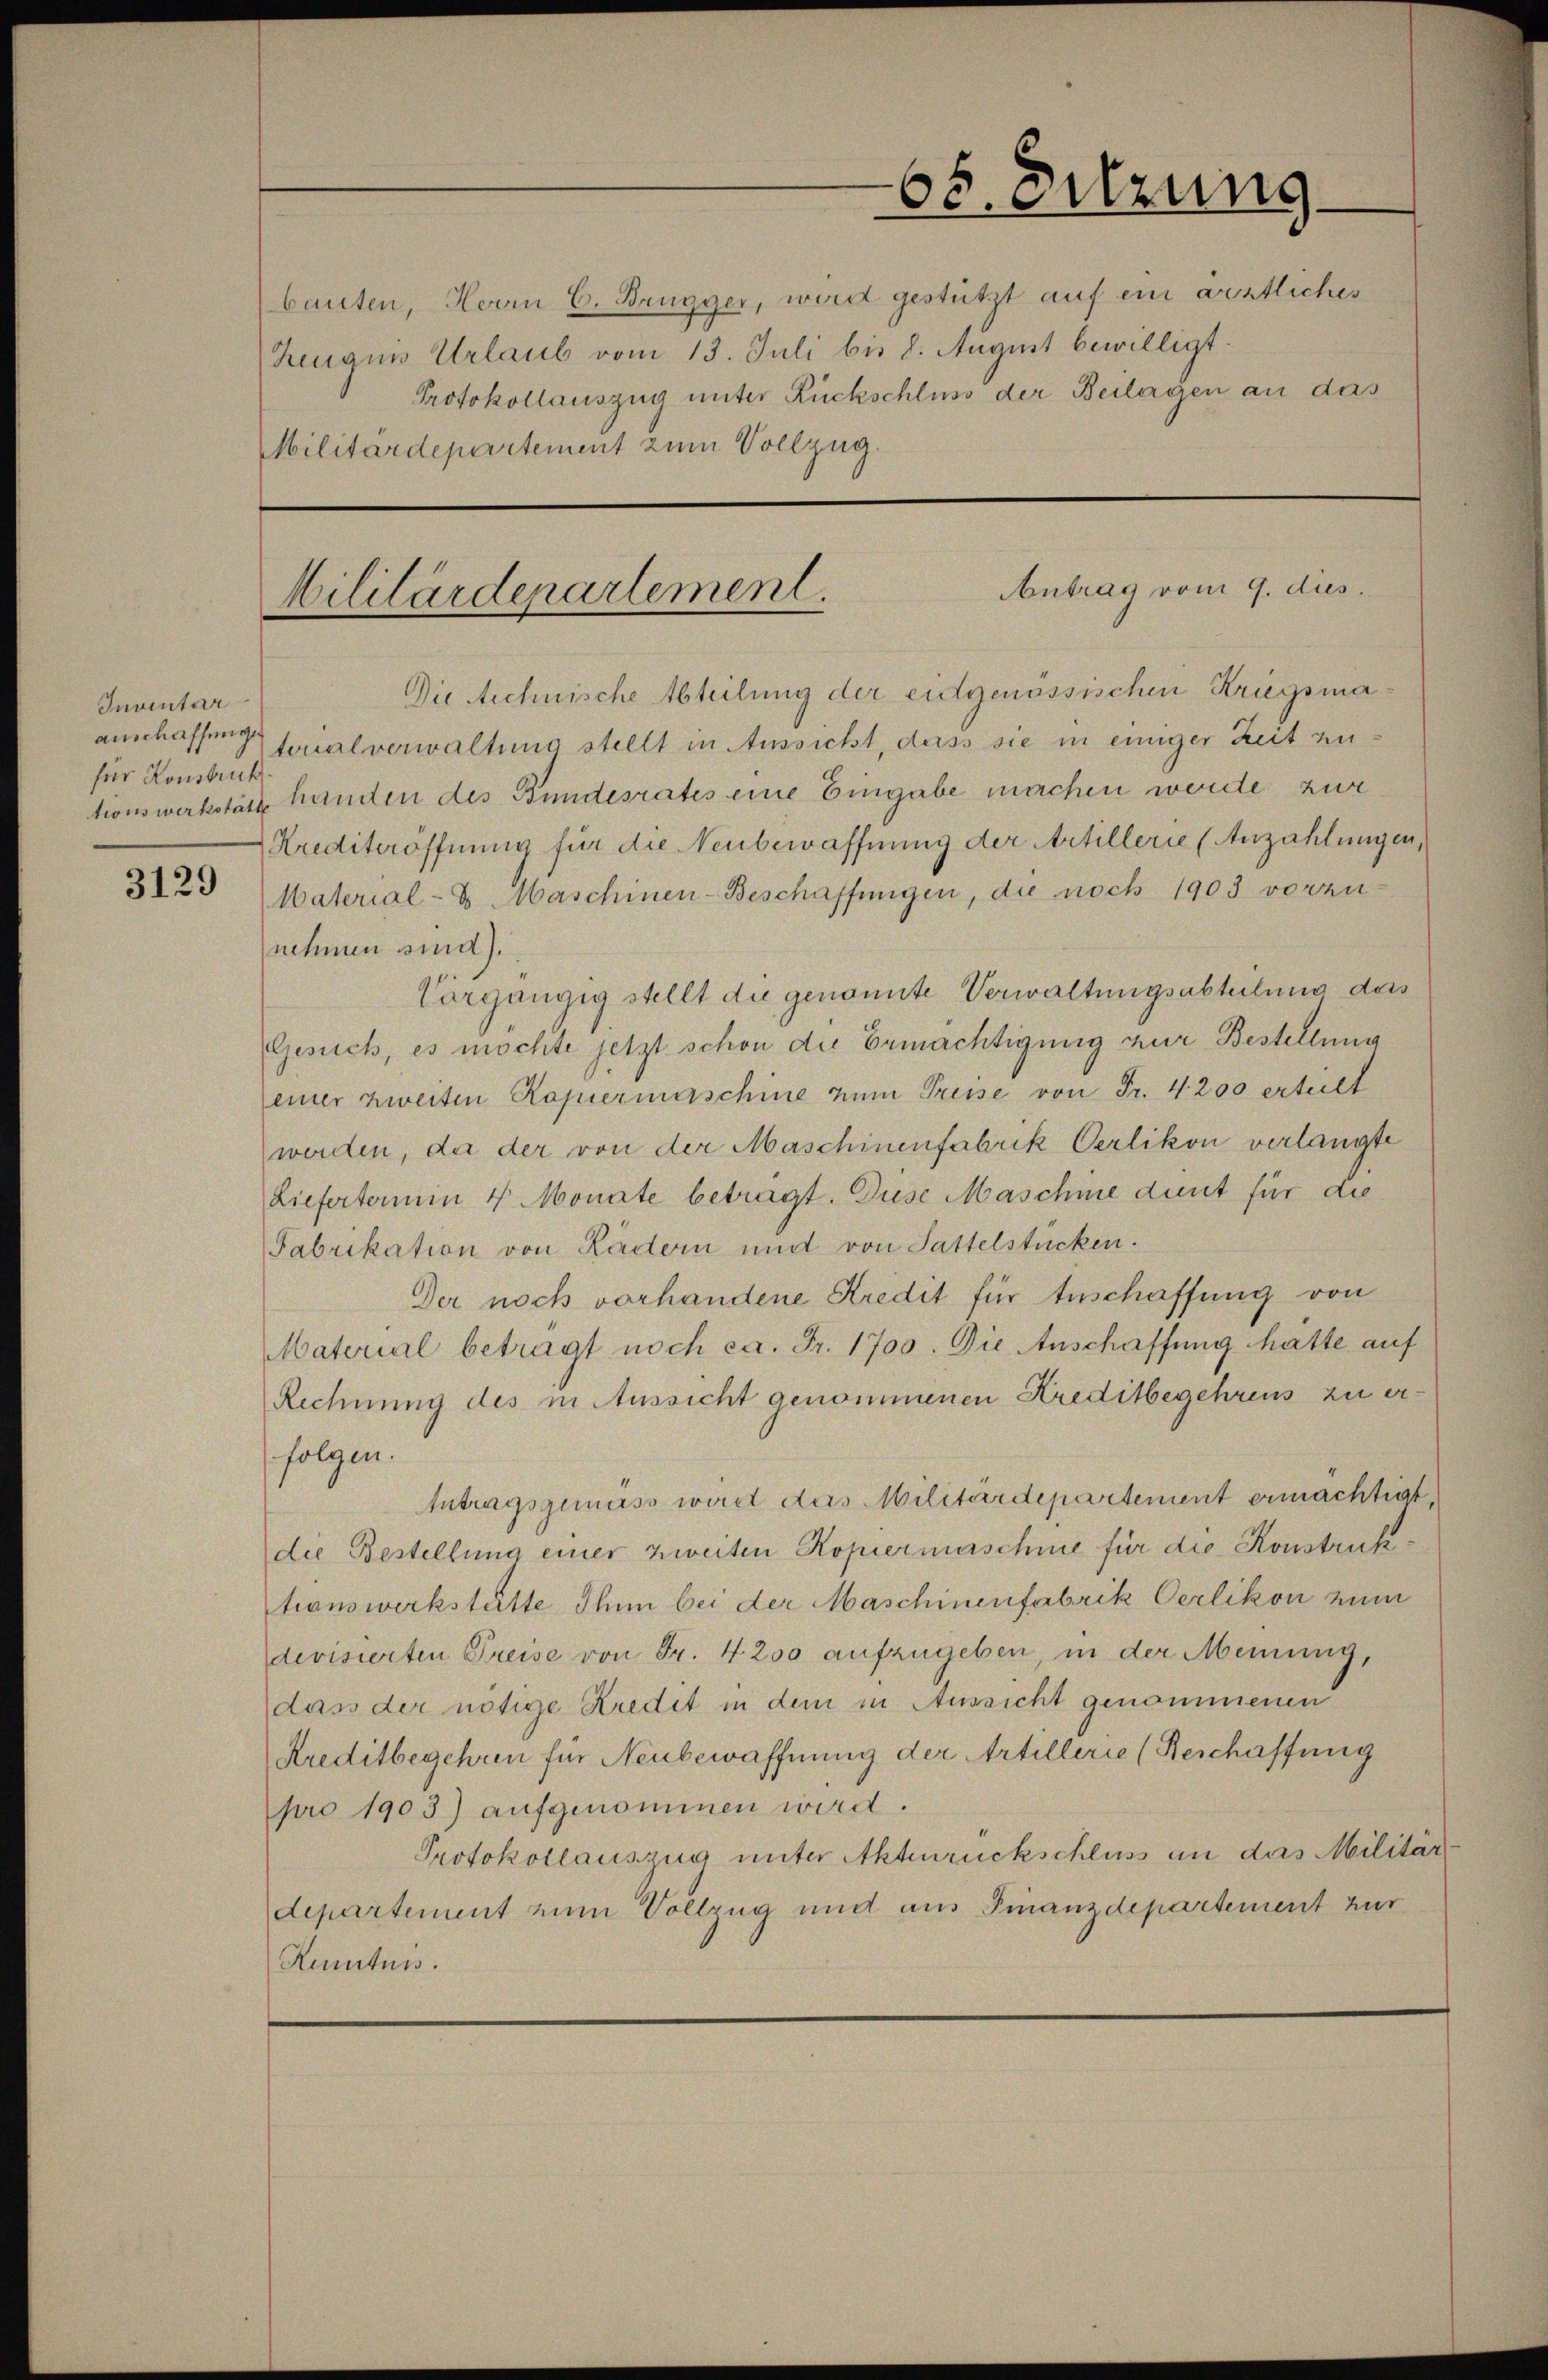
3129

Inventar
für Konstruk

bauten, Herrn C. Brugger, wird gestützt auf ein ärztliches
Zeugnis Urlaub vom 13. Juli bis 8. August bewilligt:
Protokollauszug unter Rückschluss der Beilagen an das
Militärdepartement zum Vollzug.

65. Sitzung

Antrag vom 9. dies
Militärdepartement.

Die Rechnische Abteilung der eidgenössischen Kriegsmaanschaffend ferialverwaltung stellt in Aussicht, dass sie in einiger Zeit zutionswerkstatt handen des Bundesrates eine Eingabe machen worde zur
Krediteröffnung für die Neubewaffnung der Artillerie (Anzahlungen,
Material- & Maschinen-Beschaffungen, die noch 1903 vorzu-
nehmen sind).
Vorgängig stellt die genomite Verwaltungsabteilung dess
Gesuch, es möchte jetzt schon die Ermächtigung zur Bestellung
einer zweiten Kopiermaschie zum Preise von Fr. 4. 200 erteilt
werden, da der von der Maschinenfabrik Oerlikon verlangte
Liefertermin 4 Monate betragt. Diese Maschine dunt für die
Fabrikation von Kadern und von Sattelstücken.
Der noch vorhandene Kredit für Anschaffung von
Material betragt noch ca. Fr. 1700. Die Anschaffung hatte auf
Rechnung des in Aussicht genommenen Kreditbegehrens zu erfolgen.
Antragsgemäss wirdt das Militärdepartement ermächtigt,
die Bestellung einer zweiten Kopiermaschmie für die Konstruktionswerkstätte Ihnn bei der Maschinenfabrik Oerlikon zum
devisierten Preise von Fr. 4200 aufzugeben, in der Meinung,
dass der nötige Kredit in dem in Aussicht genommenen
Kreditbegehren für Neubewaffnung der Artillerie (Beschaffung
pro 1903) aufgenommen wird.
Protokollauszug unter Aktenrückschluss an das Militär
departement zum Vollzug und aus Finanzdepartement zur
Kenntnis.